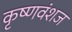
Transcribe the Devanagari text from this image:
कृष्‍णवंशज